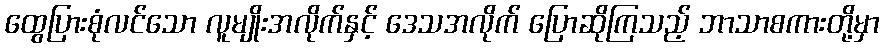
ထွေပြားစုံလင်သော လူမျိုးအလိုက်နှင့် ဒေသအလိုက် ပြောဆိုကြသည့် ဘာသာစကားတို့မှာ